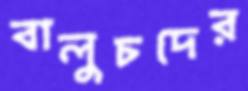
বালুচদের